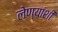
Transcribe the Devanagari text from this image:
लेण्यांशी